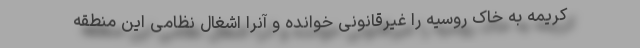
کریمه به خاک روسیه را غیرقانونی خوانده و آنرا اشغال نظامی این منطقه